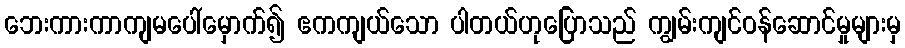
ဘေးကားကာကျမပေါ်မှောက်၍ ဧကကျယ်သော ပါတယ်ဟုပြောသည် ကျွမ်းကျင်ဝန်ဆောင်မှုများမှ